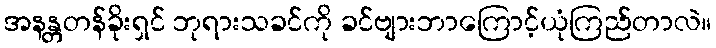
အနန္တတန်ခိုးရှင် ဘုရားသခင်ကို ခင်ဗျားဘာကြောင့်ယုံကြည်တာလဲ။